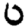
Digit: 0